Civil Veterinary Dept. Assam report 1911-1927 - 1911-1927
Year: 1911
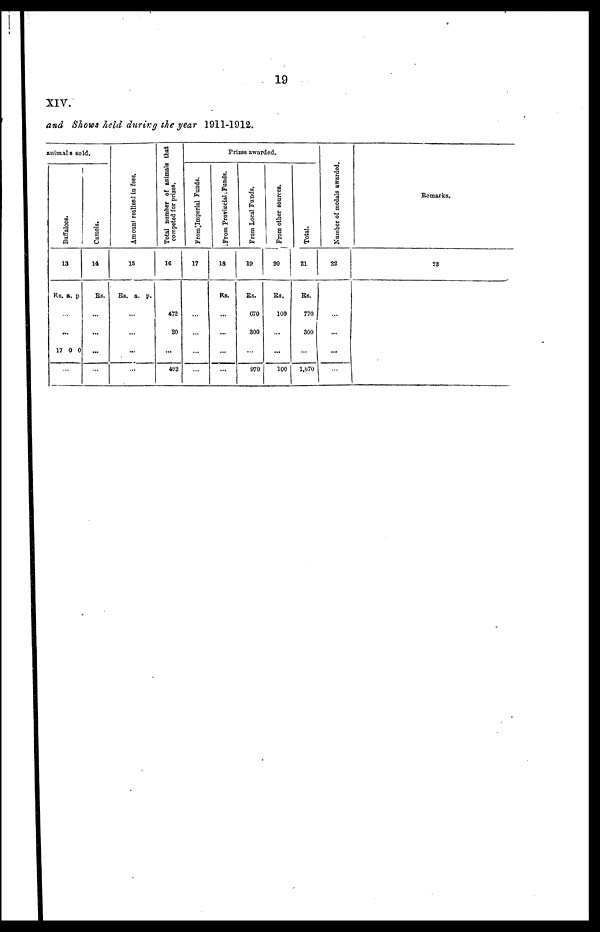
19
XIV.
and Shows held during the year 1911-1912.
animals sold.
Buffaloes.
13
RS. a. p
...
...
1700
...
Camels.
14
Rs.
...
...
...
...
Amount realised in fees.
15
Rs. a. p.
...
...
...
...
Total number of animals that
competed for prizes.
16
472
20
...
492
From Imperial Funds.
17
...
...
...
...
Frizes awarded.
From Provincial Funds.
18
Rs.
...
...
...
...
From Local Funds.
19
Rs.
670
800
...
970
From other sources.
20
Rs.
100
...
...
100
Total.
21
Rs.
770
300
...
1,070
Number of medals awarded.
22
...
...
...
...
Remarks.
23